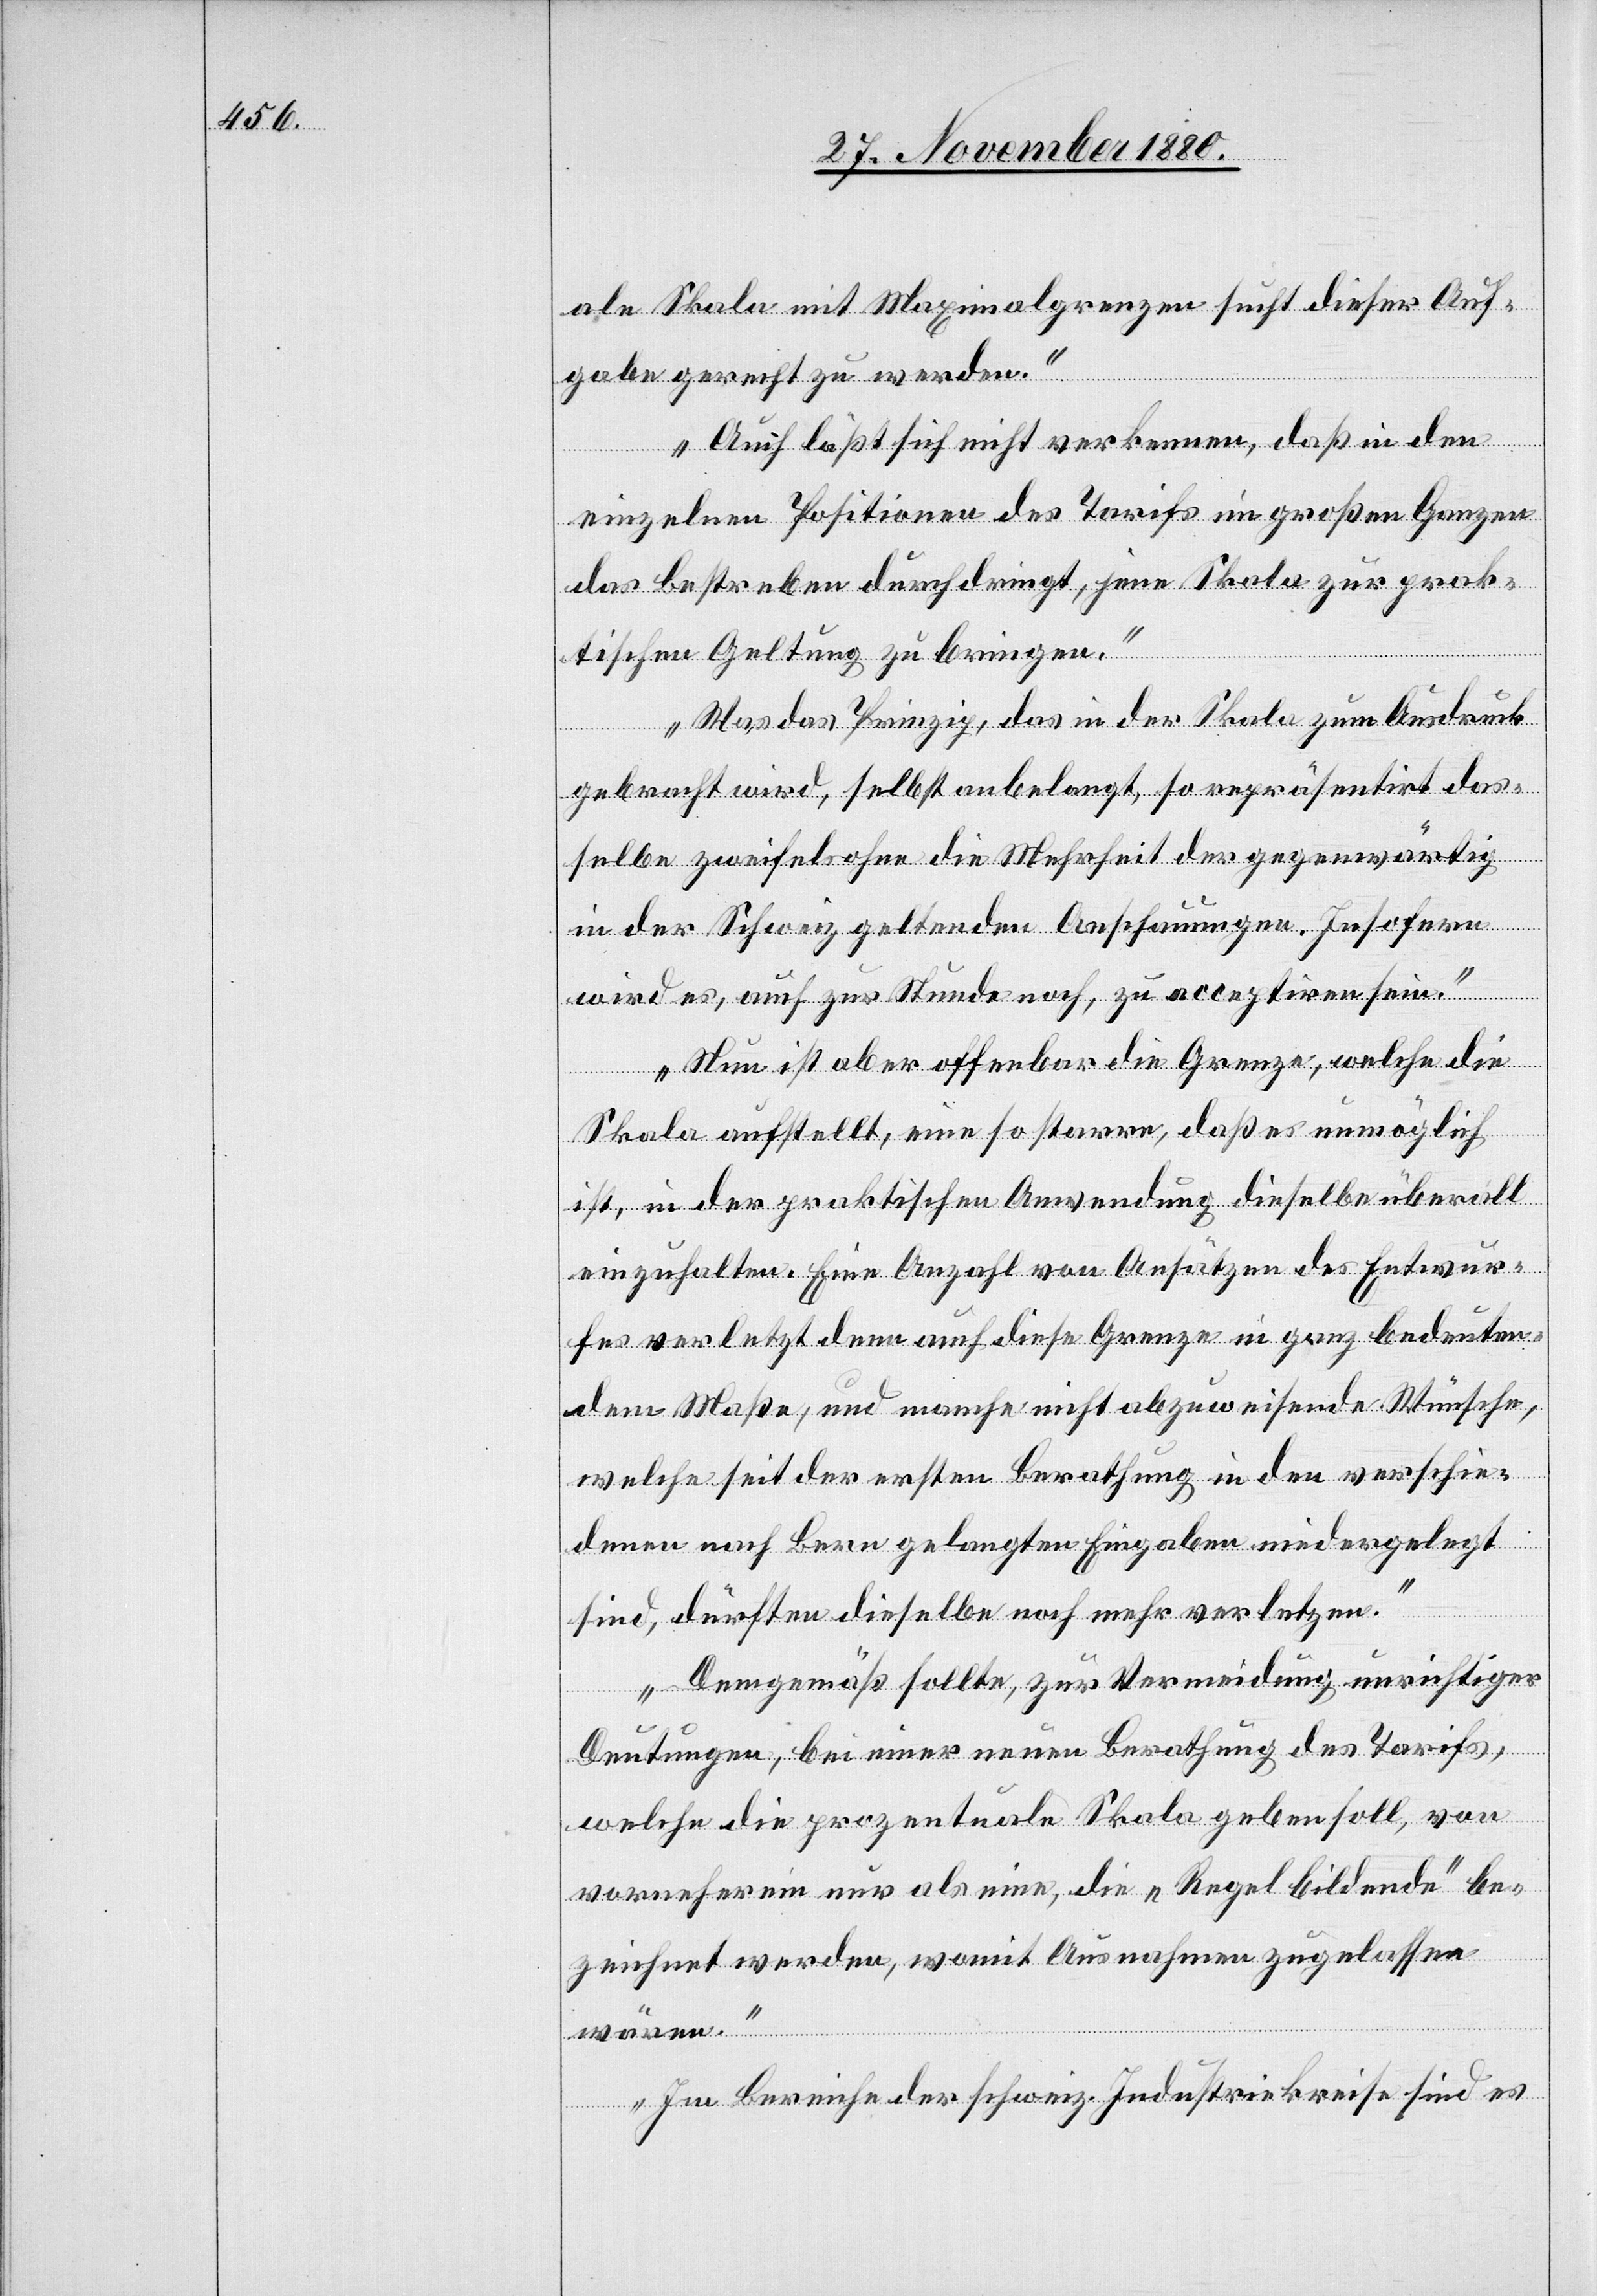
ale Skala mit Maximalgrenzen sucht dieser Auf¬
gabe gerecht zu werden.
Auch läßt sich nicht verkennen, daß in den
einzelnen Positionen des Tarifs im großen Ganzen
das Bestreben durchdringt, jene Skala zur prak¬
tischen Geltung zu bringen.
Was das Prinzip, das in der Skala zum Ausdruck
gebracht wird, selbst angelangt, so repräsentirt das¬
selbe zweifelsohne die Mehrheit der gegenwärtig
in der Schweiz geltenden Anschauungen. Insofern
wird es, auch zur Stunde, zu acceptiren sein.
Nun ist aber offenbar die Grenze, welche die
Skala aufstellt, eine so starre, daß es unmöglich
ist, in der praktischen Anwendung dieselbe überall
einzuhalten. Eine Anzahl von Ansätzen des Entwur¬
fes verletzt denn auch diese Grenze in ganz bedeuten¬
dem Maße, und manche nicht abzuweisende Wünsche,
welche seit der ersten Berathung in den verschie¬
denen nach Bern gelangten Eingaben niedergelegt
sind, dürften dieselbe noch mehr verletzen.
Demgemäß sollte, zur Vermeidung unrichtiger
Deutungen, bei einer neuen Berathung des Tarifs,
welche die prozentuale Skala geben soll, von
vorneherein nur als eine, die „Regel bildende“ be¬
zeichnet werden, womit Ausnahmen zugelassen
wären.
Im Bereiche der schweiz. Industriekreise sind es